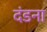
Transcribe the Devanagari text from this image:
दंडना